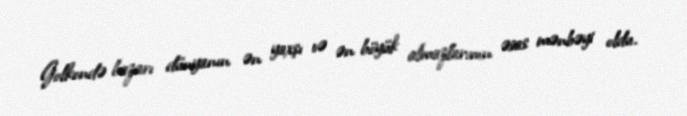
Golkondə bazarı dünyanın ən yaxşı və ən böyük almazlarının əsas mənbəyi oldu.